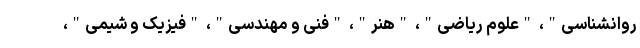
روانشناسی"، "علوم ریاضی"، "هنر"، "فنی و مهندسی"، "فیزیک و شیمی"،